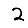
Digit: 2